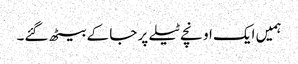
ہمیں ایک اونچے ٹیلے پر جا کے بیٹھ گئے۔